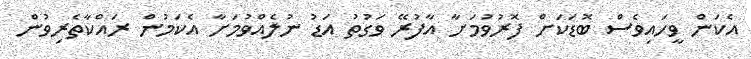
އެކަން ވީހައިވެސް ބޮޑަކަށް ފޮރުވުމަށާ އާފުރޭ ވަގުތު އަޑު ނުލެއްވުމަށާ އެކަމުން ރައްކާތެރިވުން